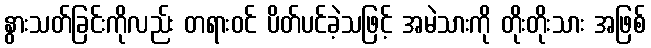
နွားသတ်ခြင်းကိုလည်း တရားဝင် ပိတ်ပင်ခဲ့သဖြင့် အမဲသားကို တိုးတိုးသား အဖြစ်